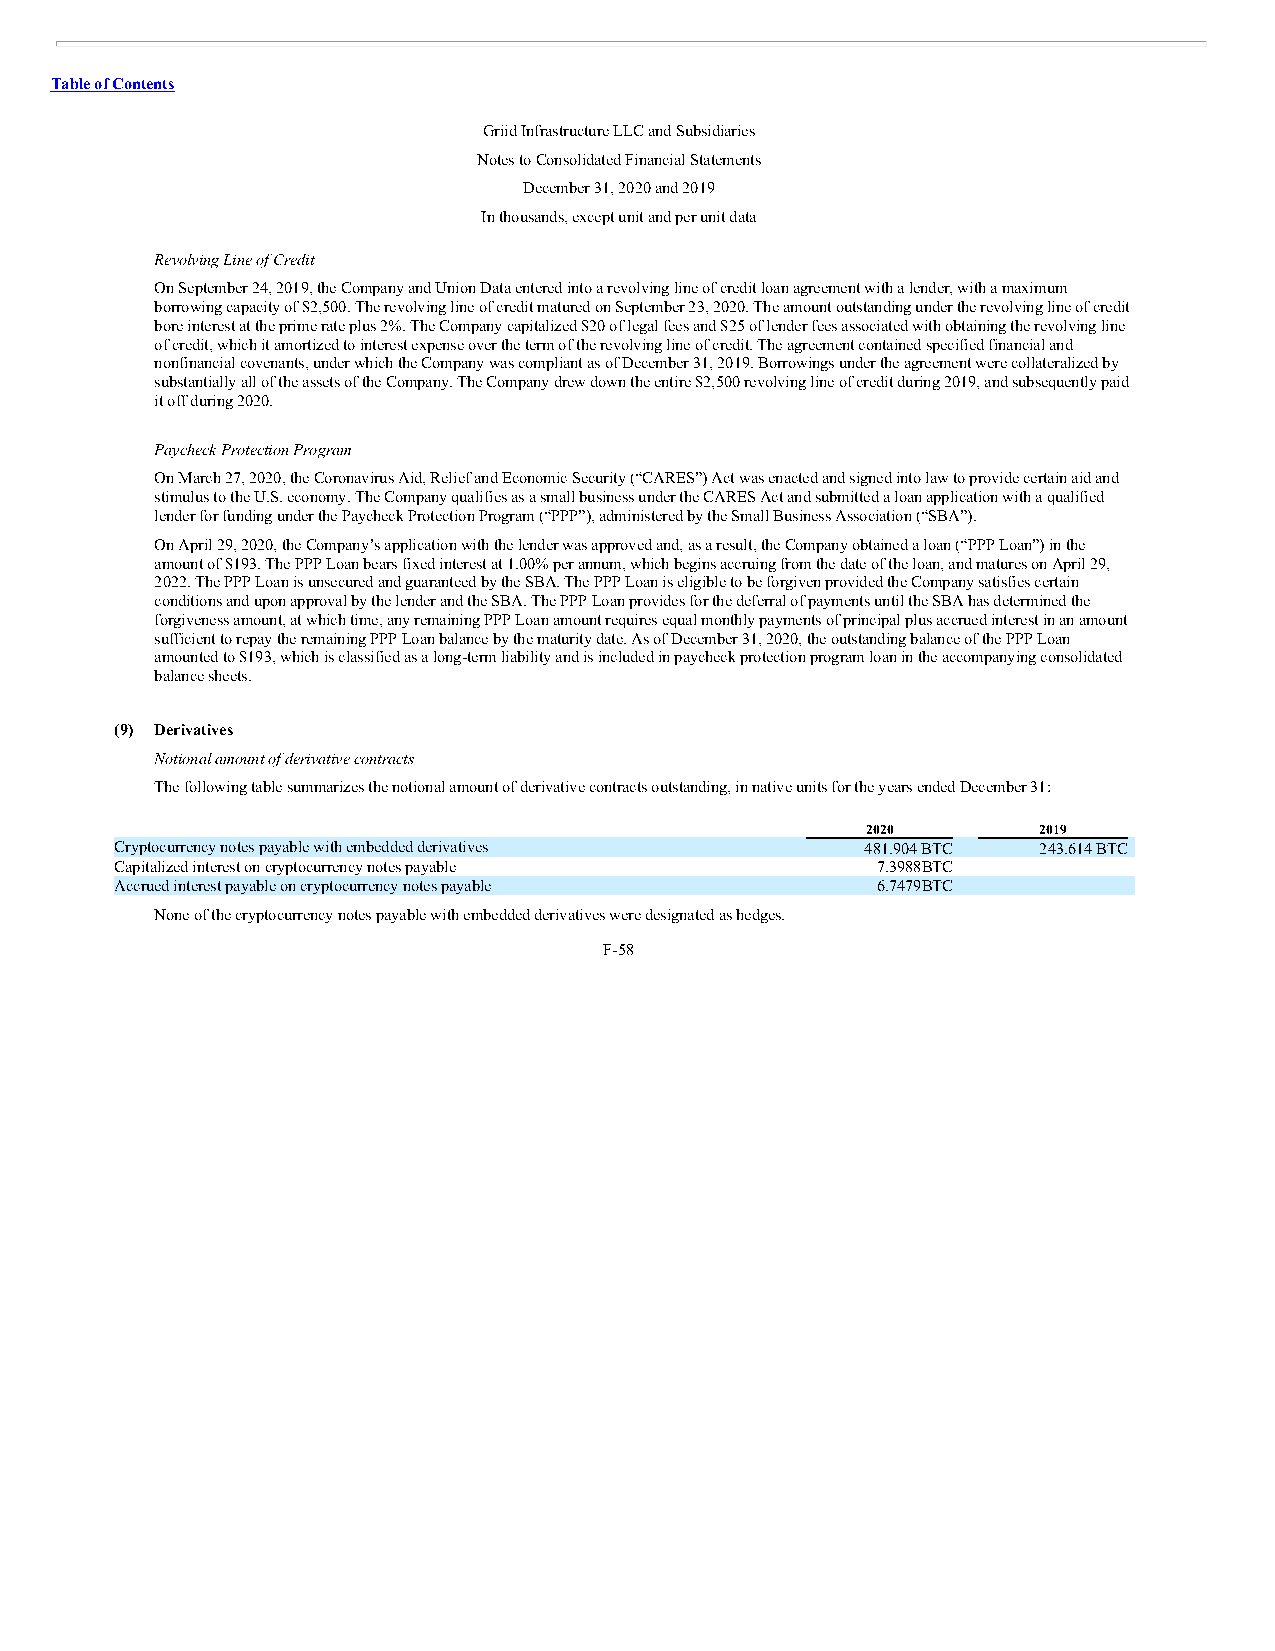
Table of Contents
 Griid Infrastructure LLC and Subsidiaries
 Notes to Consolidated Financial Statements
 December 31, 2020 and 2019
 In thousands, except unit and per unit data
 Revolving Line of Credit
 On September 24, 2019, the Company and Union Data entered into a revolving line of credit loan agreement with a lender, with a maximum
 borrowing capacity of $2,500. The revolving line of credit matured on September 23, 2020. The amount outstanding under the revolving line of credit
 bore interest at the prime rate plus 2%. The Company capitalized $20 of legal fees and $25 of lender fees associated with obtaining the revolving line
 of credit, which it amortized to interest expense over the term of the revolving line of credit. The agreement contained specified financial and
 nonfinancial covenants, under which the Company was compliant as of December 31, 2019. Borrowings under the agreement were collateralized by
 substantially all of the assets of the Company. The Company drew down the entire $2,500 revolving line of credit during 2019, and subsequently paid
 it off during 2020.
 Paycheck Protection Program
 On March 27, 2020, the Coronavirus Aid, Relief and Economic Security (“CARES”) Act was enacted and signed into law to provide certain aid and
 stimulus to the U.S. economy. The Company qualifies as a small business under the CARES Act and submitted a loan application with a qualified
 lender for funding under the Paycheck Protection Program (“PPP”), administered by the Small Business Association (“SBA”).
 On April 29, 2020, the Company’s application with the lender was approved and, as a result, the Company obtained a loan (“PPP Loan”) in the
 amount of $193. The PPP Loan bears fixed interest at 1.00% per annum, which begins accruing from the date of the loan, and matures on April 29,
 2022. The PPP Loan is unsecured and guaranteed by the SBA. The PPP Loan is eligible to be forgiven provided the Company satisfies certain
 conditions and upon approval by the lender and the SBA. The PPP Loan provides for the deferral of payments until the SBA has determined the
 forgiveness amount, at which time, any remaining PPP Loan amount requires equal monthly payments of principal plus accrued interest in an amount
 sufficient to repay the remaining PPP Loan balance by the maturity date. As of December 31, 2020, the outstanding balance of the PPP Loan
 amounted to $193, which is classified as a long-term liability and is included in paycheck protection program loan in the accompanying consolidated
 balance sheets.
 (9) Derivatives
 Notional amount of derivative contracts
 The following table summarizes the notional amount of derivative contracts outstanding, in native units for the years ended December 31:
 2020        2019
 Cryptocurrency notes payable with embedded derivatives 481.904 BTC 243.614 BTC
 Capitalized interest on cryptocurrency notes payable 7.3988BTC   —
 Accrued interest payable on cryptocurrency notes payable 6.7479BTC —
 None of the cryptocurrency notes payable with embedded derivatives were designated as hedges.
 F-58